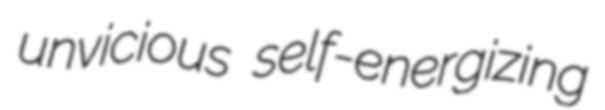
unvicious self-energizing